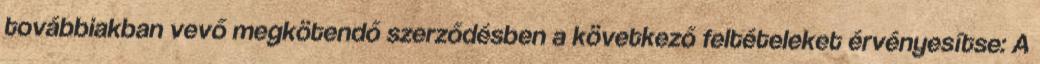
továbbiakban vevő megkötendő szerződésben a következő feltételeket érvényesítse: A